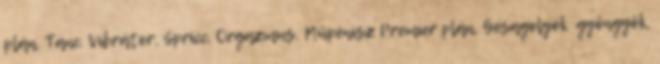
plán, Tánc, Vibrátor, Spricc, Orgazmus, Műpénisz Premier plán, Gésagolyók gyöngyök,